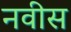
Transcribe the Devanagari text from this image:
नवीस